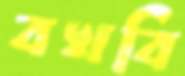
বখবি